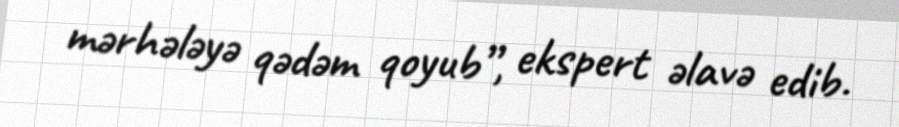
mərhələyə qədəm qoyub”, ekspert əlavə edib.